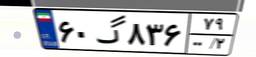
۶۰گ۸۳۶۷۹